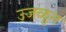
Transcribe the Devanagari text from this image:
उजळुन